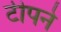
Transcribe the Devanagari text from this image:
टीपने